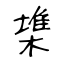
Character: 𣙇